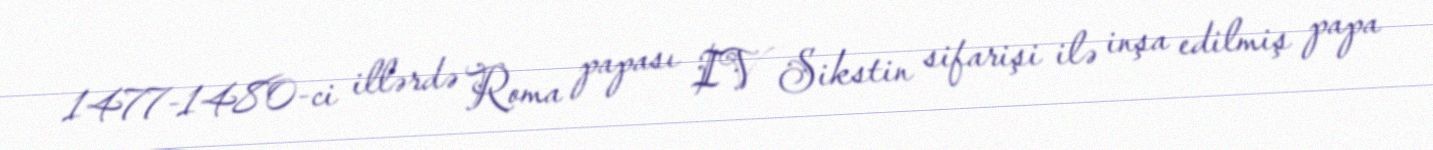
1477-1480-ci illərdə Roma papası IV Sikstin sifarişi ilə inşa edilmiş papa